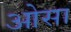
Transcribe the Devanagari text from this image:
ओसा